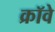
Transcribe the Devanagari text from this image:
क्रॉवे